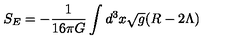
S _ { E } = - \frac { 1 } { 1 6 \pi G } \int d ^ { 3 } x \sqrt { g } ( R - 2 \Lambda )